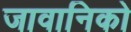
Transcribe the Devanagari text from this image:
जावानिको